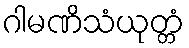
ဂါမဏိသံယုတ္တံ